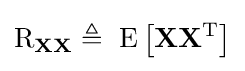
\operatorname {R} _{\mathbf {X} \mathbf {X} }\triangleq \ \operatorname {E} \left[\mathbf {X} \mathbf {X} ^{\rm {T}}\right]